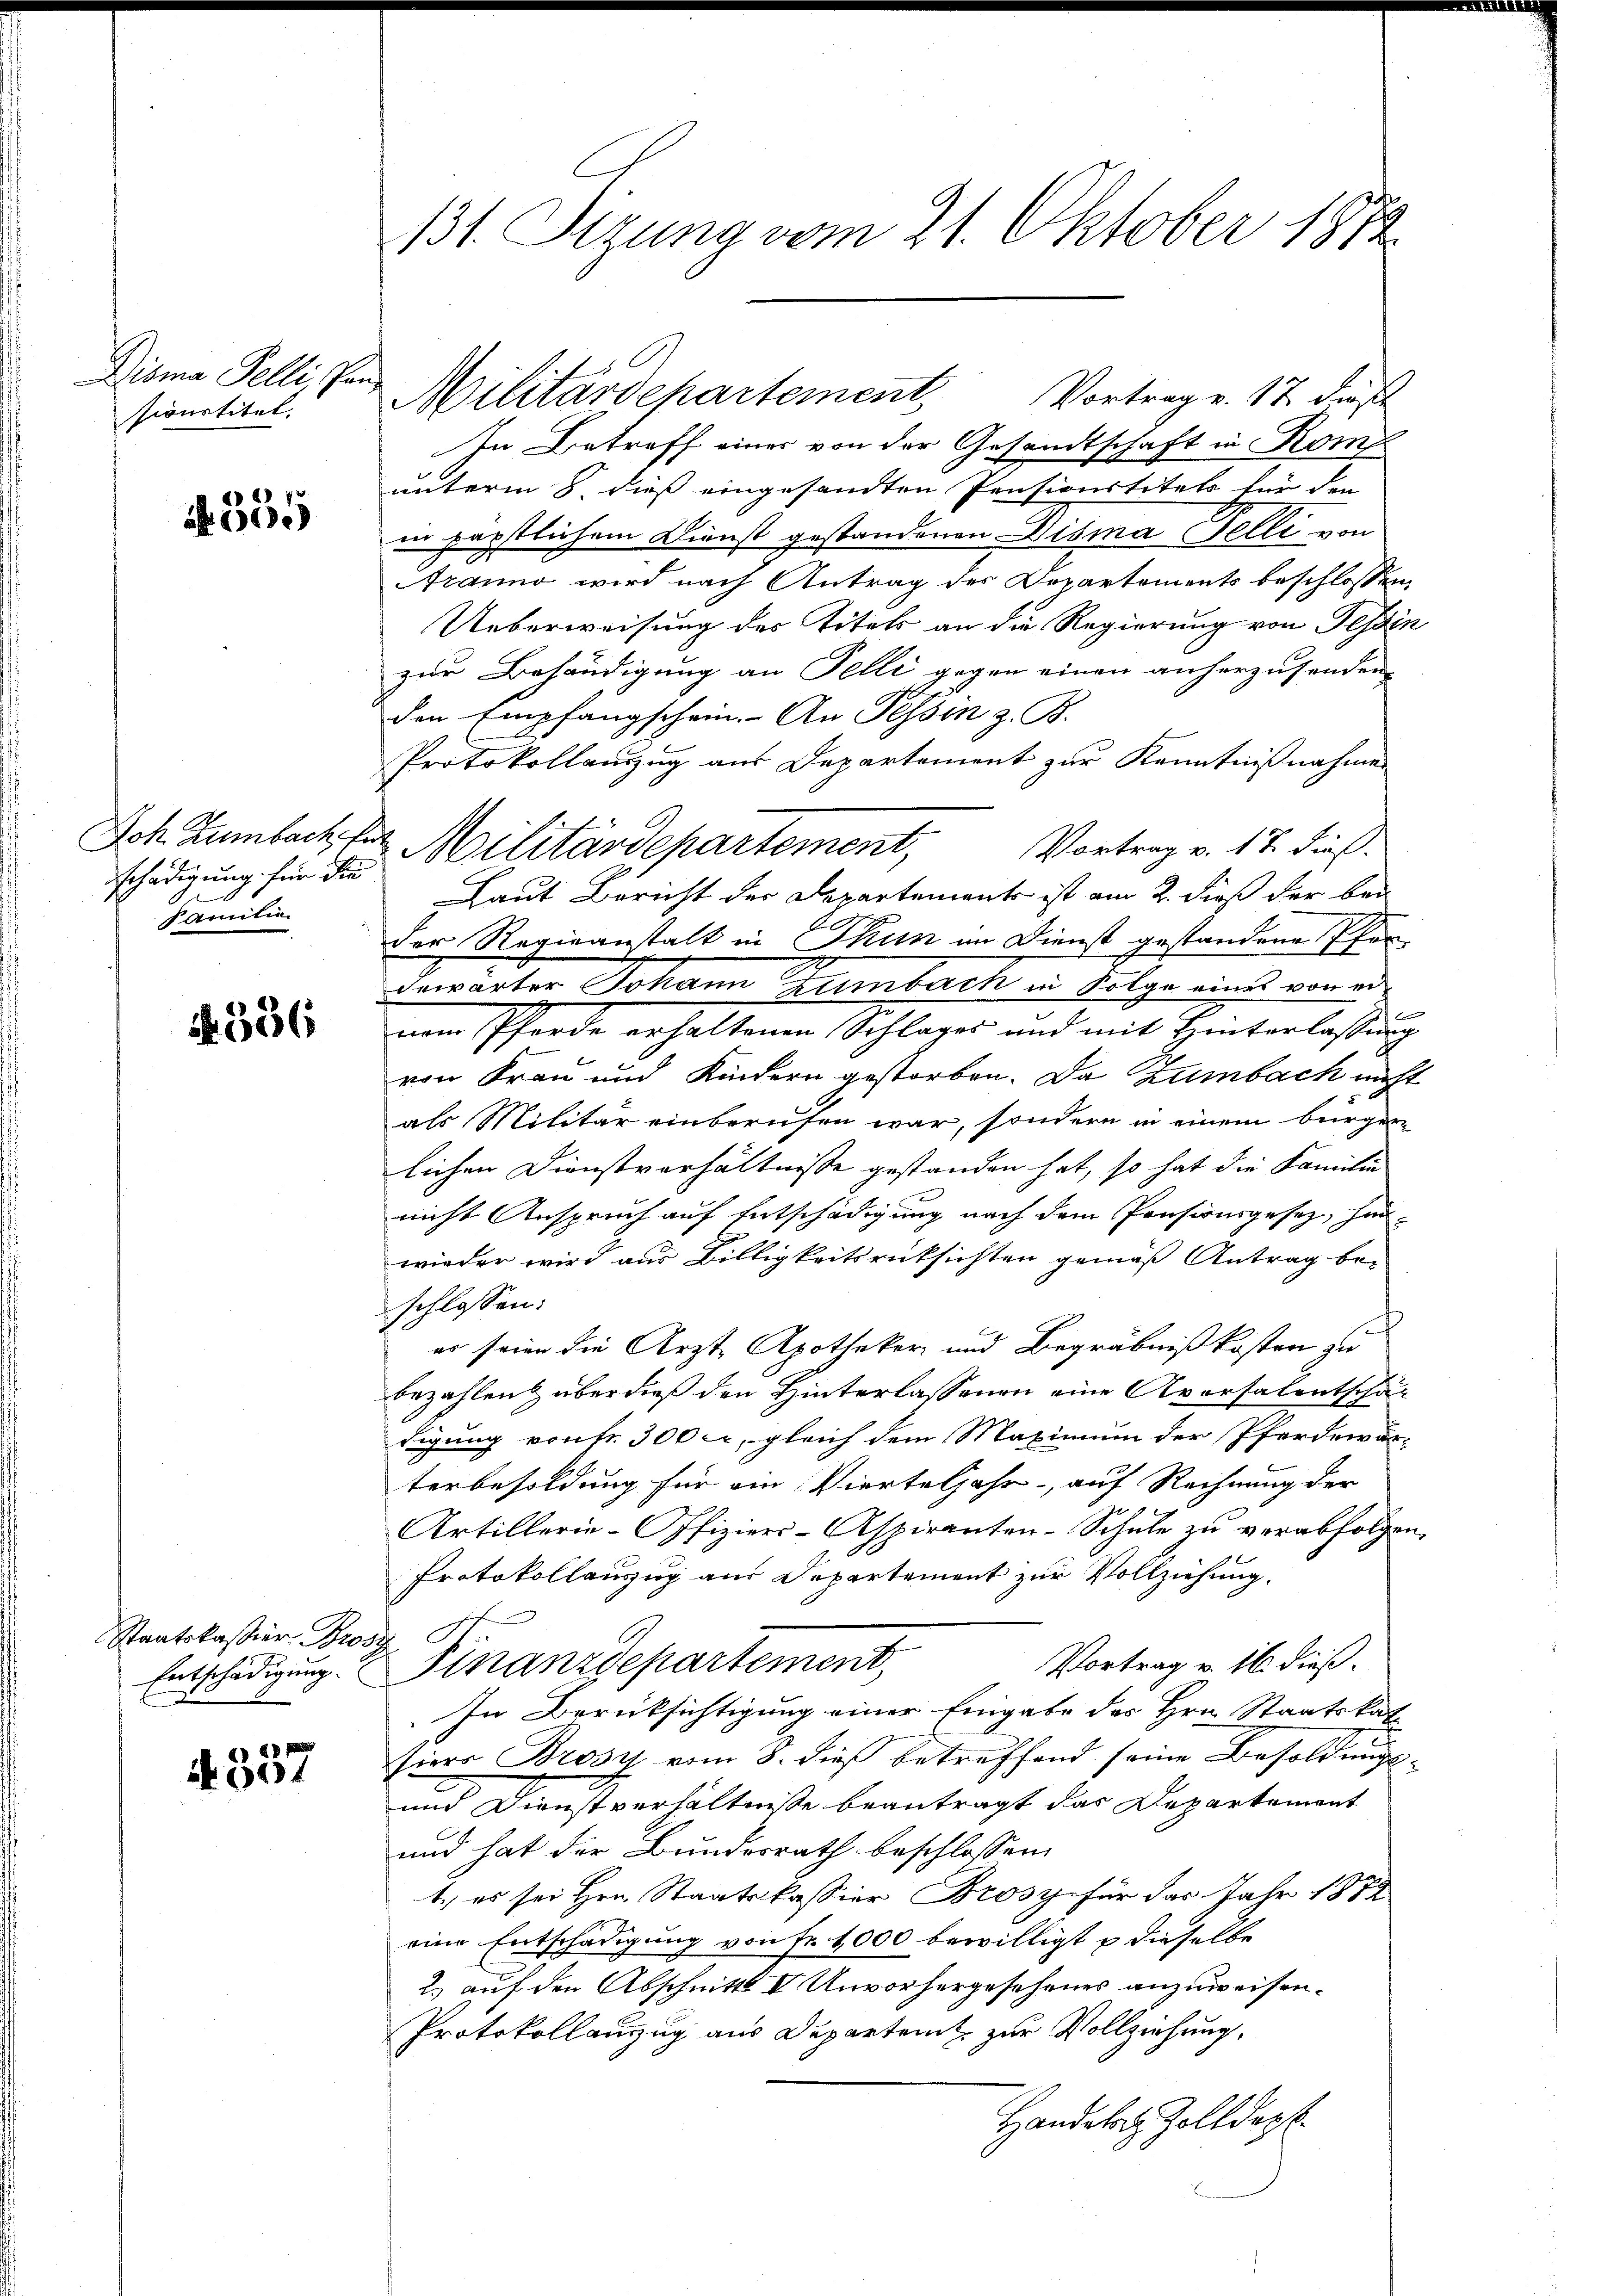
Disma Felli, Pansionstitel.

A 355

schädigung für die
Samtin

A 336

Staatskassier Prost

6) D
604

Vortrag v. 17. dieß
In Betreff einer von der Gesandtschaft in Kom
unterm 8 dieß eingesandten Pensionstitels für den
in päpstlichem Dienst gestandenen Disma Felli von
ranno wird nach Antrag des Departements beschlossen,
Ueberweisung des Titels an die Regierung von Tessin
zur Behändigung an Felli gegen einen anherzusenden,
den Empfangschein. An Tessin z. B.
Protokollauszug aus Departement zur Kenntnißnahmen
Vortrag v. 17. dieß.
Laut Bericht der Departements ist am 2. dieß der bei
der Regieanstalt in Thun im Dienst gestandene Pfardewarter Johann Zumbach in Folge eines von er-
nen Pferde erhaltenen Schlages und mit Hinterlaßung
von Frau und Kindern gestorben. Da Zumbach nicht
als Militär einberufen war, sondern in einem bürger
lichen Dienstverhältnisse gestanden hat, so hat die Familie
nicht Anspruch auf Entschädigung nach dem Pensionsgesetz, hin-
wieder wird aus Billigkeitsrücksichten gemäß Antrag be-
schlossen:
c
es seien die Ärzte Apotheker und Begräbnißkosten zu
bezahlen & über dieß den Hinterlassenen eine Aversalentschädigung vontr. 300 er, gleich dem Maximum der Pferdewärterbesoldung für ein Vierteljahr - auf Rechnung der
Artillerie-Offiziers-Aspiranten-Schule zu verabfolgen.
Protokollauszug aus Departement zur Vollziehung.
Vortrag v. 16. dieß.
Entschädigung. Finanzdepartement,
In Berüksichtigung einer Eingabe des Hrn. Staatskat
siers Brosy vom 8. dieß betreffend seine Besoldungs-
und Dienstverhältniße beantragt das Departement
und hat der Bundesrath beschlossen:
1.) es sei Hrn. Staatskassier Brosy für das Jahr 1872
eine Entschädigung von Fr. 1000 bewilligt u dieselbe
2. auf den Abschnitts I Unvorhergesehenes anzuweisen.
Protokollanzug aus Departent zur Vollziehung.
Handelis Zolldep

131. Setzung vom 21. Oktober 1874

Militärdepartement,

Ich. Zumbach, der Militärdepartement,